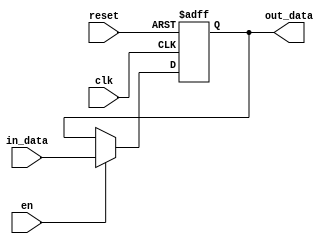
module register #(parameter N = 1) (
        input clk,
        input reset,
        input en,
        input [N-1: 0] in_data,
        output reg [N-1: 0] out_data
    );
    always @(posedge clk or posedge reset) begin: reg_proc
        if (reset) begin
            out_data <= 0;
        end else if (en) begin                
            out_data <= in_data;
        end
    end

endmodule